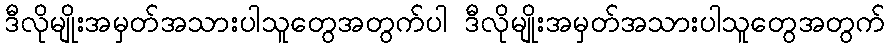
ဒီလိုမျိုးအမှတ်အသားပါသူတွေအတွက်ပါ ဒီလိုမျိုးအမှတ်အသားပါသူတွေအတွက်